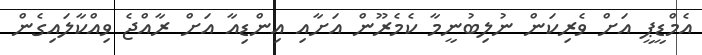
އެމްޑީޕީ އަށް ވެރިކަން ނުލިބުނީމާ ކެމެރޫން އަށާއި އިންޑިއާ އަށް ރާއްޖެ ވިއްކާލައިގެން